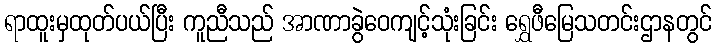
ရာထူးမှထုတ်ပယ်ပြီး ကူညီသည် အာဏာခွဲဝေကျင့်သုံးခြင်း ရွှေဖီမြေသတင်းဌာနတွင်